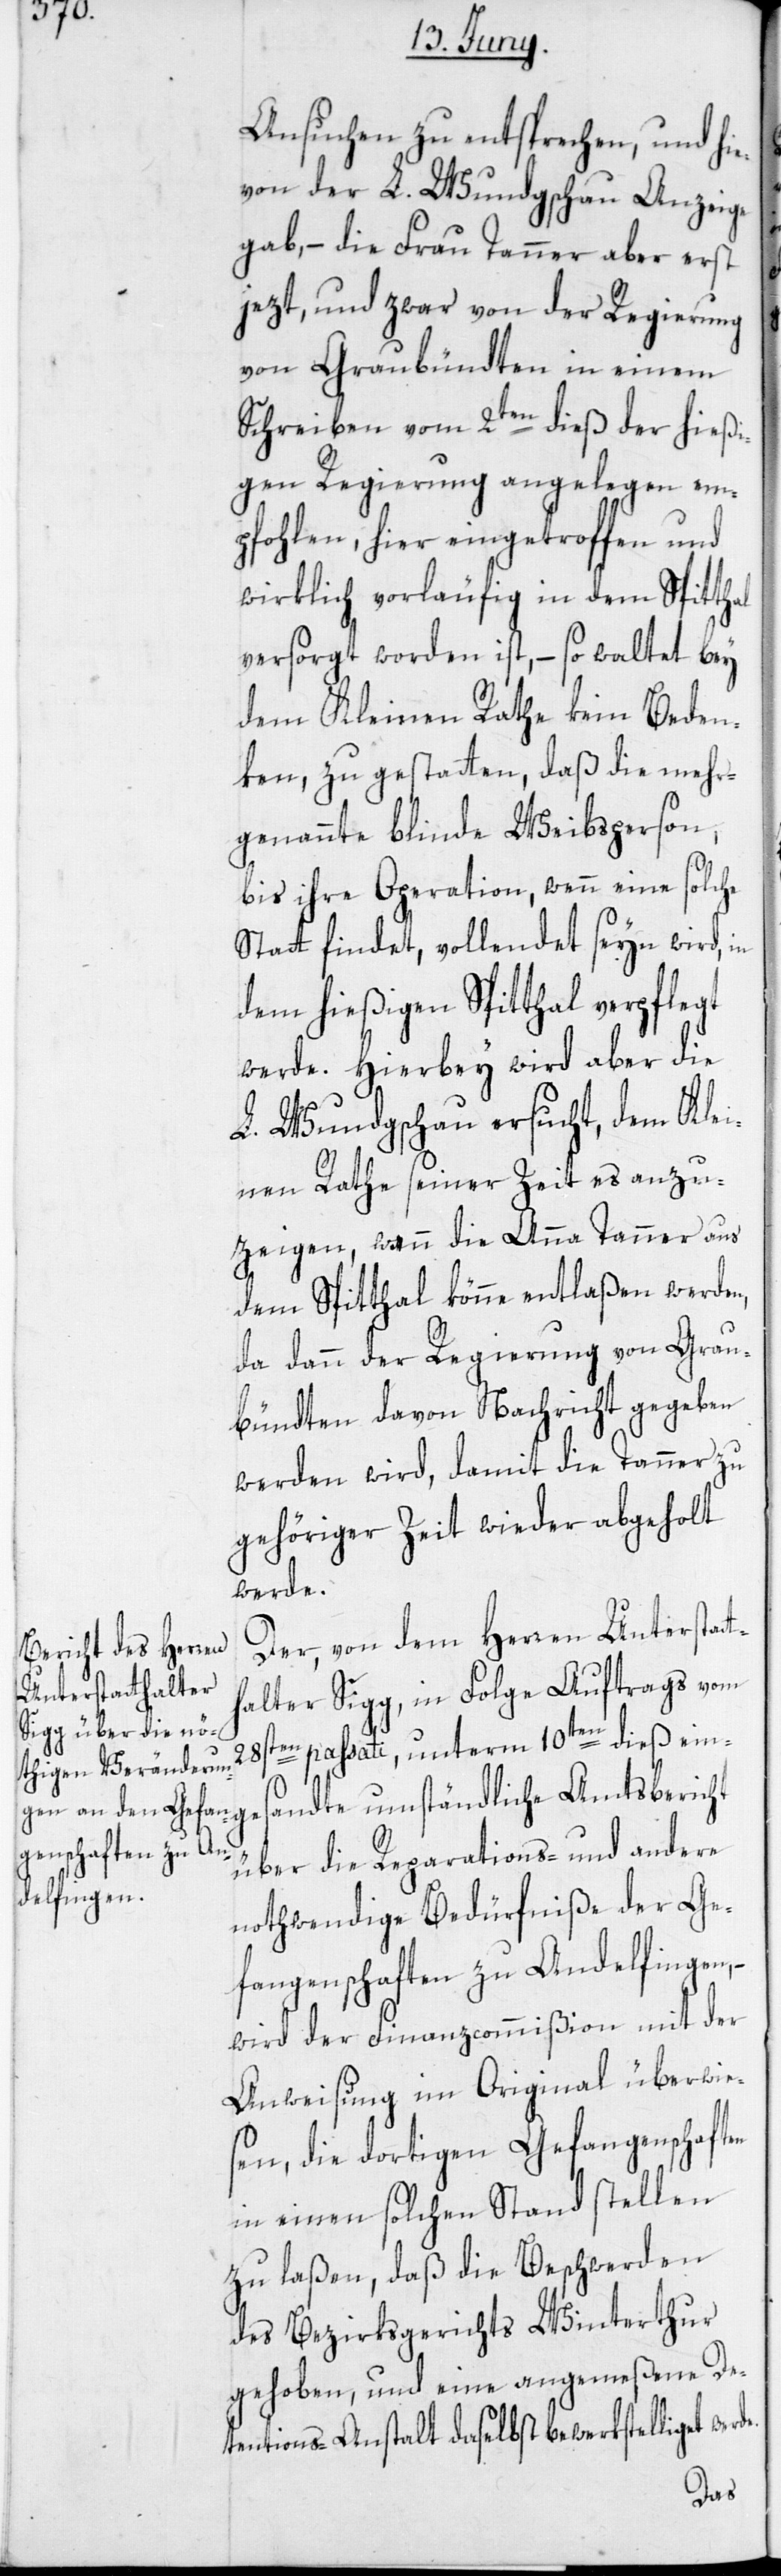
Ansuchen zu entsprechen, und hie¬
von der L. Wundgschau Anzeige
gab, – die Frau Tanner aber erst
jezt, und zwar von der Regierung
von Graubündten in einem
Schreiben vom 2ten dieß der hießi¬
gen Regierung angelegen em¬
pfohlen, hier eingetroffen und
wirklich vorläufig in dem Spitthal
versorgt worden ist, – so waltet bey
dem Kleinen Rathe kein Beden¬
ken, zu gestatten, daß die mehr¬
genannte blinde Weibsperson,
bis ihre Operation, wenn eine solche
Statt findet, vollendet seyn wird, in
dem hießigen Spitthal verpflegt
werde. Hierbey wird aber die
L. Wundgschau ersucht, dem Klei¬
nen Rathe seiner Zeit es anzu¬
zeigen, wann die Anna Tanner aus
dem Spitthal könne entlaßen werden,
da dann der Regierung von Grau¬
bündten davon Nachricht gegeben
werden wird, damit die Tanner zu
gehöriger Zeit wieder abgeholt
werde.
Der, von dem Herren Unterstat¬
alter Sigg, in Folge Auftrags vom
passati, unterm 10ten dieß ein¬
ges¬
andte umständliche Amtsbericht
über die Reparations- und andere
nothwendige Bedürfniße der Ge¬
fangenschaften zu Andelfingen,
wird der Finanzcommißion mit der
Anweisung im Original überwie¬
sen, die dortigen Gefangenschaften
in einen solchen Stand stellen
zu laßen, daß die Beschwerden
des Bezirksgerichts Winterthur
gehoben, und eine angemeßene De¬
tentions-Anstalt daselbst bewerkstelliget